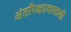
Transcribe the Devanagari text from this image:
अंतरिक्षप्रवासाशी